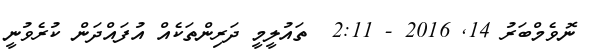
ނޮވެމްބަރު 14